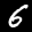
Label: 6